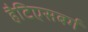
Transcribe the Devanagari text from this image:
हैटिएसबर्ग